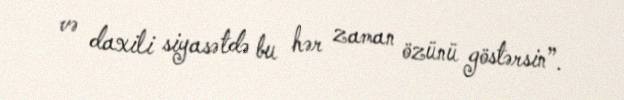
və daxili siyasətdə bu hər zaman özünü göstərsin”.